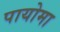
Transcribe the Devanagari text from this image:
पायोमा